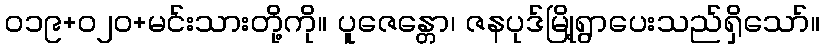
၀၁၉+၀၂၀+မင်းသားတို့ကို။ ပူဇေန္တော၊ ဇနပုဒ်မြို့ရွာပေးသည်ရှိသော်။